Lunatic asylums in Bengal annual reports 1899-1911 - 1899-1911
Year: 1899
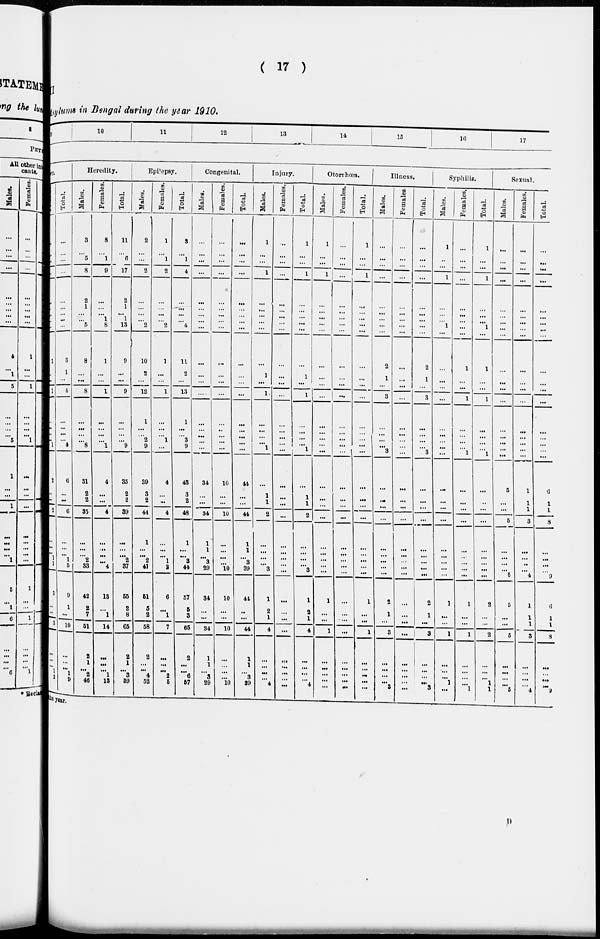
( 17 )
II
Asylums in Bengal during the year 1910.
9
10
11
12
13
14
15
16
17
Females.
...
...
...
...
...
...
...
...
...
1
...
...
1
...
...
...
...
1
2
...
...
2
...
...
...
1
1
3
...
...
3
...
...
...
1
2
Total.
...
...
...
...
...
...
...
...
...
3
1
...
4
...
...
...
...
4
6
...
...
6
...
...
...
1
5
9
1
...
10
...
...
...
1
9
Heredity.
Males.
3
...
5
8
2
1
...
...
5
8
...
...
8
...
...
...
...
8
31
2
2
35
...
...
... 2
33
42
2
7
51
2
1
... 2
46
Females.
8
...
1
9
...
...
...
1
8
1
...
...
1
...
...
...
...
1
4
...
...
4
...
...
...
...
4
13
...
1
14
...
...
...
1
13
Total.
11
...
6
17
2
1
...
1
13
9
...
...
9
...
...
...
...
9
35
2
2
39
...
...
... 2
37
55
2
8
65
2
1
...
3
59
Epilepsy.
Males.
2
...
...
2
...
...
...
...
2
10
2
...
12
1
...
... 2
9
39
3
2
44
1
...
... 2
41
51
5
2
58
2
...
...
4
52
Females.
1
...
1
2
...
...
...
...
2
1
...
...
1
...
...
... 1
...
4
...
...
4
...
...
... 1
3
6
...
1
7
...
...
...
2
5
Total.
3
...
1
4
...
...
...
...
4
11
2
...
13
1
...
... 3
9
43
3
2
48
1
...
... 3
44
57
5
3
65
2
...
...
6
57
Congenital.
Males.
...
...
...
...
...
...
...
...
...
...
...
...
...
...
...
...
...
...
34
...
...
34
1
1
...
3
29
34
...
...
34
1
1
...
3
29
females.
...
...
...
...
...
...
...
...
...
...
...
...
...
...
...
...
...
...
10
...
...
10
...
...
...
...
10
10
...
...
10
...
...
...
...
10
Total.
...
...
...
...
...
...
...
...
...
...
...
...
...
...
...
...
...
...
44
...
...
44
1
1
... 3
39
44
...
...
44
1
1
...
3
39
Injury.
Males.
1
...
...
1
...
...
...
...
...
...
1
...
1
...
...
...
...
1
...
1
1
2
...
...
...
...
3
1
2
1
4
...
...
...
...
4
Females.
...
...
...
...
...
...
...
...
...
...
...
...
...
....
...
...
...
...
...
...
...
...
...
...
...
...
...
...
...
...
...
...
...
...
...
4
Total.
1
...
...
1
...
...
...
...
...
...
1
...
1
...
...
...
...
1
...
1
1
2
...
...
...
...
3
1
2
1
4
...
...
...
...
...
Otorrhœa.
Males.
1
...
...
1
...
...
...
...
...
...
...
...
...
...
...
...
...
...
...
...
...
...
...
...
...
...
...
1
...
...
1
...
...
...
...
4
Females.
...
...
...
...
...
...
...
...
...
...
...
...
...
...
...
...
...
...
...
...
...
...
...
...
...
...
...
...
...
...
...
...
...
...
...
...
Total.
1
...
...
1
...
...
...
...
...
...
...
...
...
...
...
...
...
...
...
...
...
...
...
...
...
...
1
...
...
1
...
...
...
...
...
Illness.
Males.
...
...
...
...
...
...
...
...
...
2
1
...
3
...
...
...
...
3
...
...
...
...
...
...
...
...
...
2
1
...
3
...
...
...
...
3
Females.
...
...
...
...
...
...
...
...
...
...
...
...
...
...
...
...
...
...
...
...
...
...
...
...
...
...
...
...
...
...
...
...
...
...
...
...
Total.
...
...
...
...
...
...
...
...
...
2
1
...
3
...
...
...
...
3
...
...
...
...
...
...
...
...
...
2
1
...
3
...
...
...
...
3
Syphilis.
Males.
1
...
...
1
...
...
...
1
...
...
...
...
...
...
...
...
...
...
...
...
...
...
...
...
...
...
...
1
...
...
1
...
...
...
1
...
Females.
...
...
...
...
...
...
...
...
...
1
...
...
1
...
...
...
...
1
...
...
...
...
...
...
...
...
...
1
...
...
1
...
...
...
...
1
Total.
1
...
...
1
...
...
...
1
...
1
...
...
1
...
...
...
...
1
...
...
...
...
...
...
...
...
...
2
...
...
2
...
...
...
1
1
Sexual.
Males.
...
...
...
...
...
...
...
...
...
...
...
...
...
...
...
... ...
...
5
...
...
5
...
...
...
... 5
5
...
...
5
...
...
...
...
5
Females.
...
...
...
...
...
...
...
...
...
...
...
...
...
...
...
...
...
...
1
1
1
3
...
...
...
...
4
1
1
1
3
...
...
...
...
4
Total.
...
...
...
...
...
...
...
...
...
...
...
...
...
...
...
...
...
...
6
1
1
8
...
...
...
...
9
6
1
1
8
...
...
...
...
9
the year.
D